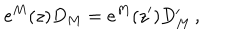
e ^ { M } ( z ) D _ { M } = e ^ { M } ( z ^ { \prime } ) D _ { M } ^ { \prime } \, ,